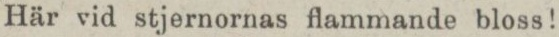
Här vid stjernornas flammande bloss!